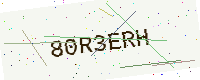
Text: 80R3ERH